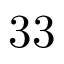
3 3